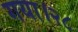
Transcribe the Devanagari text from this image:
गया।२८